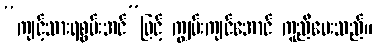
“ကျင့်သားရစွမ်းအင်”ဖြင့် ကျွမ်းကျင်အောင် ကူညီပေးသည်။